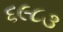
૬૯૮૩